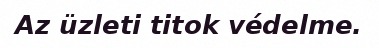
Az üzleti titok védelme.